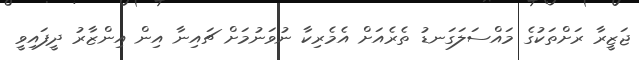
ޖަޒީރާ ރަށްތަކުގެ މައްސަލަގަނޑު ތެރެއަށް އެމެރިކާ ނުވަނުމަށް ޗައިނާ އިން އިންޒާރު ދީފައިވީ